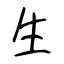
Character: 生